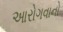
આરોગવાનો